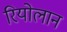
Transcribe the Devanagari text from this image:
रियोलान